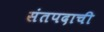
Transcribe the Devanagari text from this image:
संतपदाची